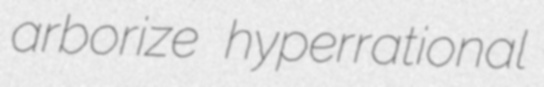
arborize hyperrational